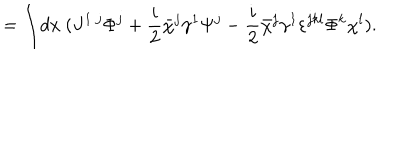
LaTeX: = \int \! d x ~ ( J ^ { 1 ~ j } \Phi ^ { j } + { \frac { i } { 2 } } \bar { \chi } ^ { j } \gamma ^ { 1 } \Psi ^ { j } - { \frac { i } { 2 } } \bar { \chi } ^ { j } \gamma ^ { 1 } \varepsilon ^ { j k l } \Phi ^ { k } \chi ^ { l } ) .